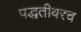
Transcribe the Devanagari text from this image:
पद्धतीवरच